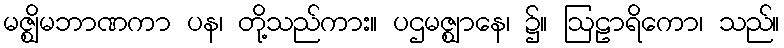
မဇ္ဈိမဘာဏကာ ပန၊ တို့သည်ကား။ ပဌမဇ္ဈာနေ၊ ၌။ ဩဠာရိကော၊ သည်။